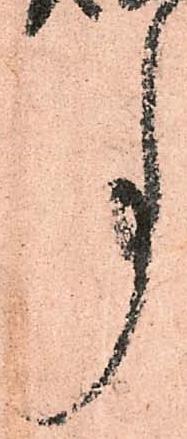
事